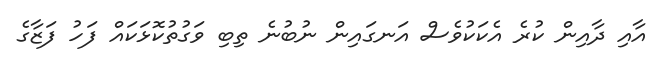
އާއި ދާއިން ކުރެ އެކަކުވެސް އަނގައިން ނުބުނެ ތިބި ވަގުތުކޮޅަކައް ފަހު ފަޒާގެ